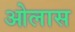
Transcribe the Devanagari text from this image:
ओलास